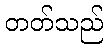
တတ်သည်